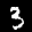
Label: 3